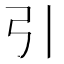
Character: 引